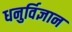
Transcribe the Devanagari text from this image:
धनुर्विज्ञान